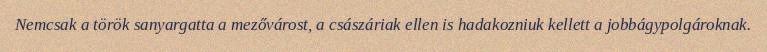
Nemcsak a török sanyargatta a mezővárost, a császáriak ellen is hadakozniuk kellett a jobbágypolgároknak.